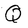
Character: Q